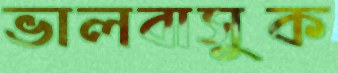
ভালবাসুক